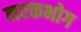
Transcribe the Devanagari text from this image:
नरकभोग